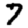
Digit: 7